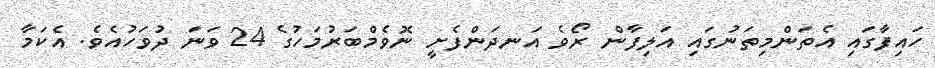
ހައިފާގައި އެތަންމިތަނުގައި އަލިފާން ރޯވެ އަނދަންފެށީ ނޮވެމްބަރުމަހުގެ 24 ވަނަ ދުވަހުއެވެ. އެކަމާ